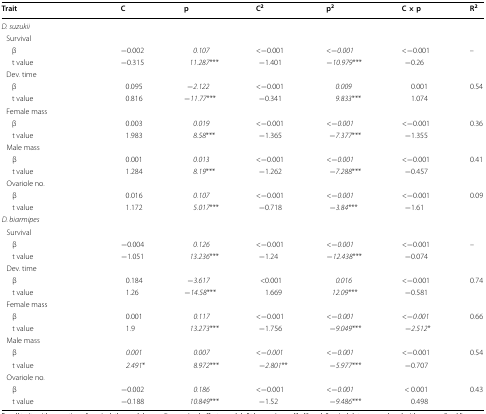
<table><thead><tr><td><b>Trait</b></td><td></td><td><b>C</b></td><td><b>p</b></td><td><b>C<sup>2</sup></b></td><td><b>p<sup>2</sup></b></td><td><b>C × p</b></td><td><b>R<sup>2</sup></b></td></tr></thead><tbody><tr><td colspan="8"><i>D. suzukii</i></td></tr><tr><td colspan="8"> Survival</td></tr><tr><td colspan="2">β</td><td>−0.002</td><td><i>0.107</i></td><td>&lt;−0.001</td><td>&lt;−<i>0.001</i></td><td>&lt;−0.001</td><td rowspan="2">–</td></tr><tr><td colspan="2">t value</td><td>−0.315</td><td><i>11.287</i>***</td><td>−1.401</td><td>−<i>10.979</i>***</td><td>−0.26</td></tr><tr><td colspan="8"> Dev. time</td></tr><tr><td colspan="2">β</td><td>0.095</td><td>−<i>2.122</i></td><td>&lt;−0.001</td><td><i>0.009</i></td><td>0.001</td><td rowspan="2">0.54</td></tr><tr><td colspan="2">t value</td><td>0.816</td><td>−<i>11.77</i>***</td><td>−0.341</td><td><i>9.833</i>***</td><td>1.074</td></tr><tr><td colspan="8"> Female mass</td></tr><tr><td colspan="2">β</td><td>0.003</td><td><i>0.019</i></td><td>&lt;−0.001</td><td>&lt;−<i>0.001</i></td><td>&lt;−0.001</td><td rowspan="2">0.36</td></tr><tr><td colspan="2">t value</td><td>1.983</td><td><i>8.58</i>***</td><td>−1.365</td><td>−<i>7.377</i>***</td><td>−1.355</td></tr><tr><td colspan="8"> Male mass</td></tr><tr><td colspan="2">β</td><td>0.001</td><td><i>0.013</i></td><td>&lt;−0.001</td><td>&lt;−<i>0.001</i></td><td>&lt;−0.001</td><td rowspan="2">0.41</td></tr><tr><td colspan="2">t value</td><td>1.284</td><td><i>8.19</i>***</td><td>−1.262</td><td>−<i>7.288</i>***</td><td>−0.457</td></tr><tr><td colspan="8"> Ovariole no.</td></tr><tr><td colspan="2">β</td><td>0.016</td><td><i>0.107</i></td><td>&lt;−0.001</td><td>&lt;−<i>0.001</i></td><td>&lt;−0.001</td><td rowspan="2">0.09</td></tr><tr><td colspan="2">t value</td><td>1.172</td><td><i>5.017</i>***</td><td>−0.718</td><td>−<i>3.84</i>***</td><td>−1.61</td></tr><tr><td colspan="8"><i>D. biarmipes</i></td></tr><tr><td colspan="8"> Survival</td></tr><tr><td colspan="2">β</td><td>−0.004</td><td><i>0.126</i></td><td>&lt;−0.001</td><td>&lt;−<i>0.001</i></td><td>&lt;−0.001</td><td rowspan="2">–</td></tr><tr><td colspan="2">t value</td><td>−1.051</td><td><i>13.236</i>***</td><td>−1.24</td><td>−<i>12.438</i>***</td><td>−0.074</td></tr><tr><td colspan="8"> Dev. time</td></tr><tr><td colspan="2">β</td><td>0.184</td><td>−<i>3.617</i></td><td>&lt;0.001</td><td><i>0.016</i></td><td>&lt;−0.001</td><td rowspan="2">0.74</td></tr><tr><td colspan="2">t value</td><td>1.26</td><td>−<i>14.58</i>***</td><td>1.669</td><td><i>12.09</i>***</td><td>−0.581</td></tr><tr><td colspan="8"> Female mass</td></tr><tr><td colspan="2">β</td><td>0.001</td><td><i>0.117</i></td><td>&lt;−0.001</td><td>&lt;−<i>0.001</i></td><td>&lt;−<i>0.001</i></td><td rowspan="2">0.66</td></tr><tr><td colspan="2">t value</td><td>1.9</td><td><i>13.273</i>***</td><td>−1.756</td><td>−<i>9.049</i>***</td><td>−<i>2.512</i>*</td></tr><tr><td colspan="8"> Male mass</td></tr><tr><td colspan="2">β</td><td><i>0.001</i></td><td><i>0.007</i></td><td>&lt;−<i>0.001</i></td><td>&lt;−<i>0.001</i></td><td>&lt;−0.001</td><td rowspan="2">0.54</td></tr><tr><td colspan="2">t value</td><td><i>2.491</i>*</td><td><i>8.972</i>***</td><td>−<i>2.801</i>**</td><td>−<i>5.977</i>***</td><td>−0.707</td></tr><tr><td colspan="8"> Ovariole no.</td></tr><tr><td colspan="2">β</td><td>−0.002</td><td><i>0.186</i></td><td>&lt;−0.001</td><td>&lt;−<i>0.001</i></td><td>&lt; 0.001</td><td rowspan="2">0.43</td></tr><tr><td colspan="2">t value</td><td>−0.188</td><td><i>10.849</i>***</td><td>−1.52</td><td>−<i>9.486</i>***</td><td>0.498</td></tr></tbody></table>